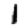
Digit: 1